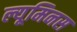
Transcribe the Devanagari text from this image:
ल्यूमिनस